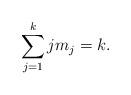
LaTeX: \begin{align*}\sum_{j=1}^kjm_j=k.\end{align*}